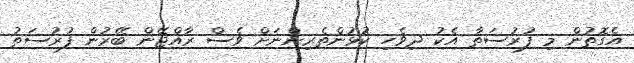
އެގޮތުން މި ފުރުސަތާ އެކު ދިވެހި ކުޅުންތެރިންނަށް ވެސް ރާއްޖޭން ބޭރުން ފުރުސަތު